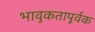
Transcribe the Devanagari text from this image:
भावुकतापूर्वक